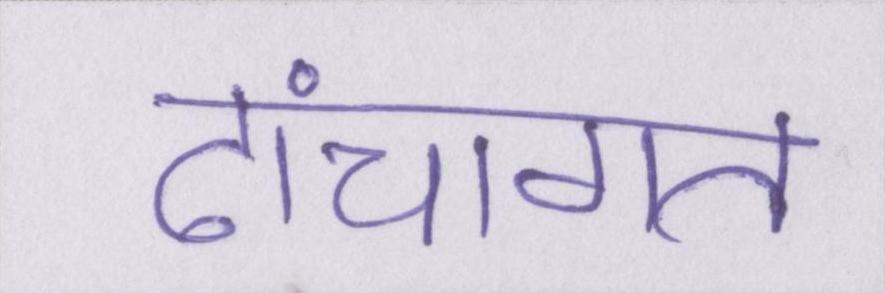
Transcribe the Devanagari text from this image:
ढांचागत